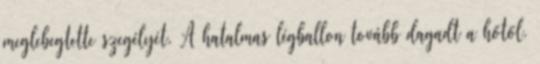
meglebegtette szegélyét. A hatalmas légballon tovább dagadt a hőtől.